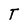
Character: T